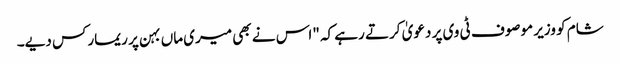
شام کو وزیر موصوف ٹی وی پر دعویٰ کرتے رہے کہ "اس نے بھی میری ماں بہن پر ریمارکس دیے۔